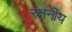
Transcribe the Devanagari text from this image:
रक्षनीय